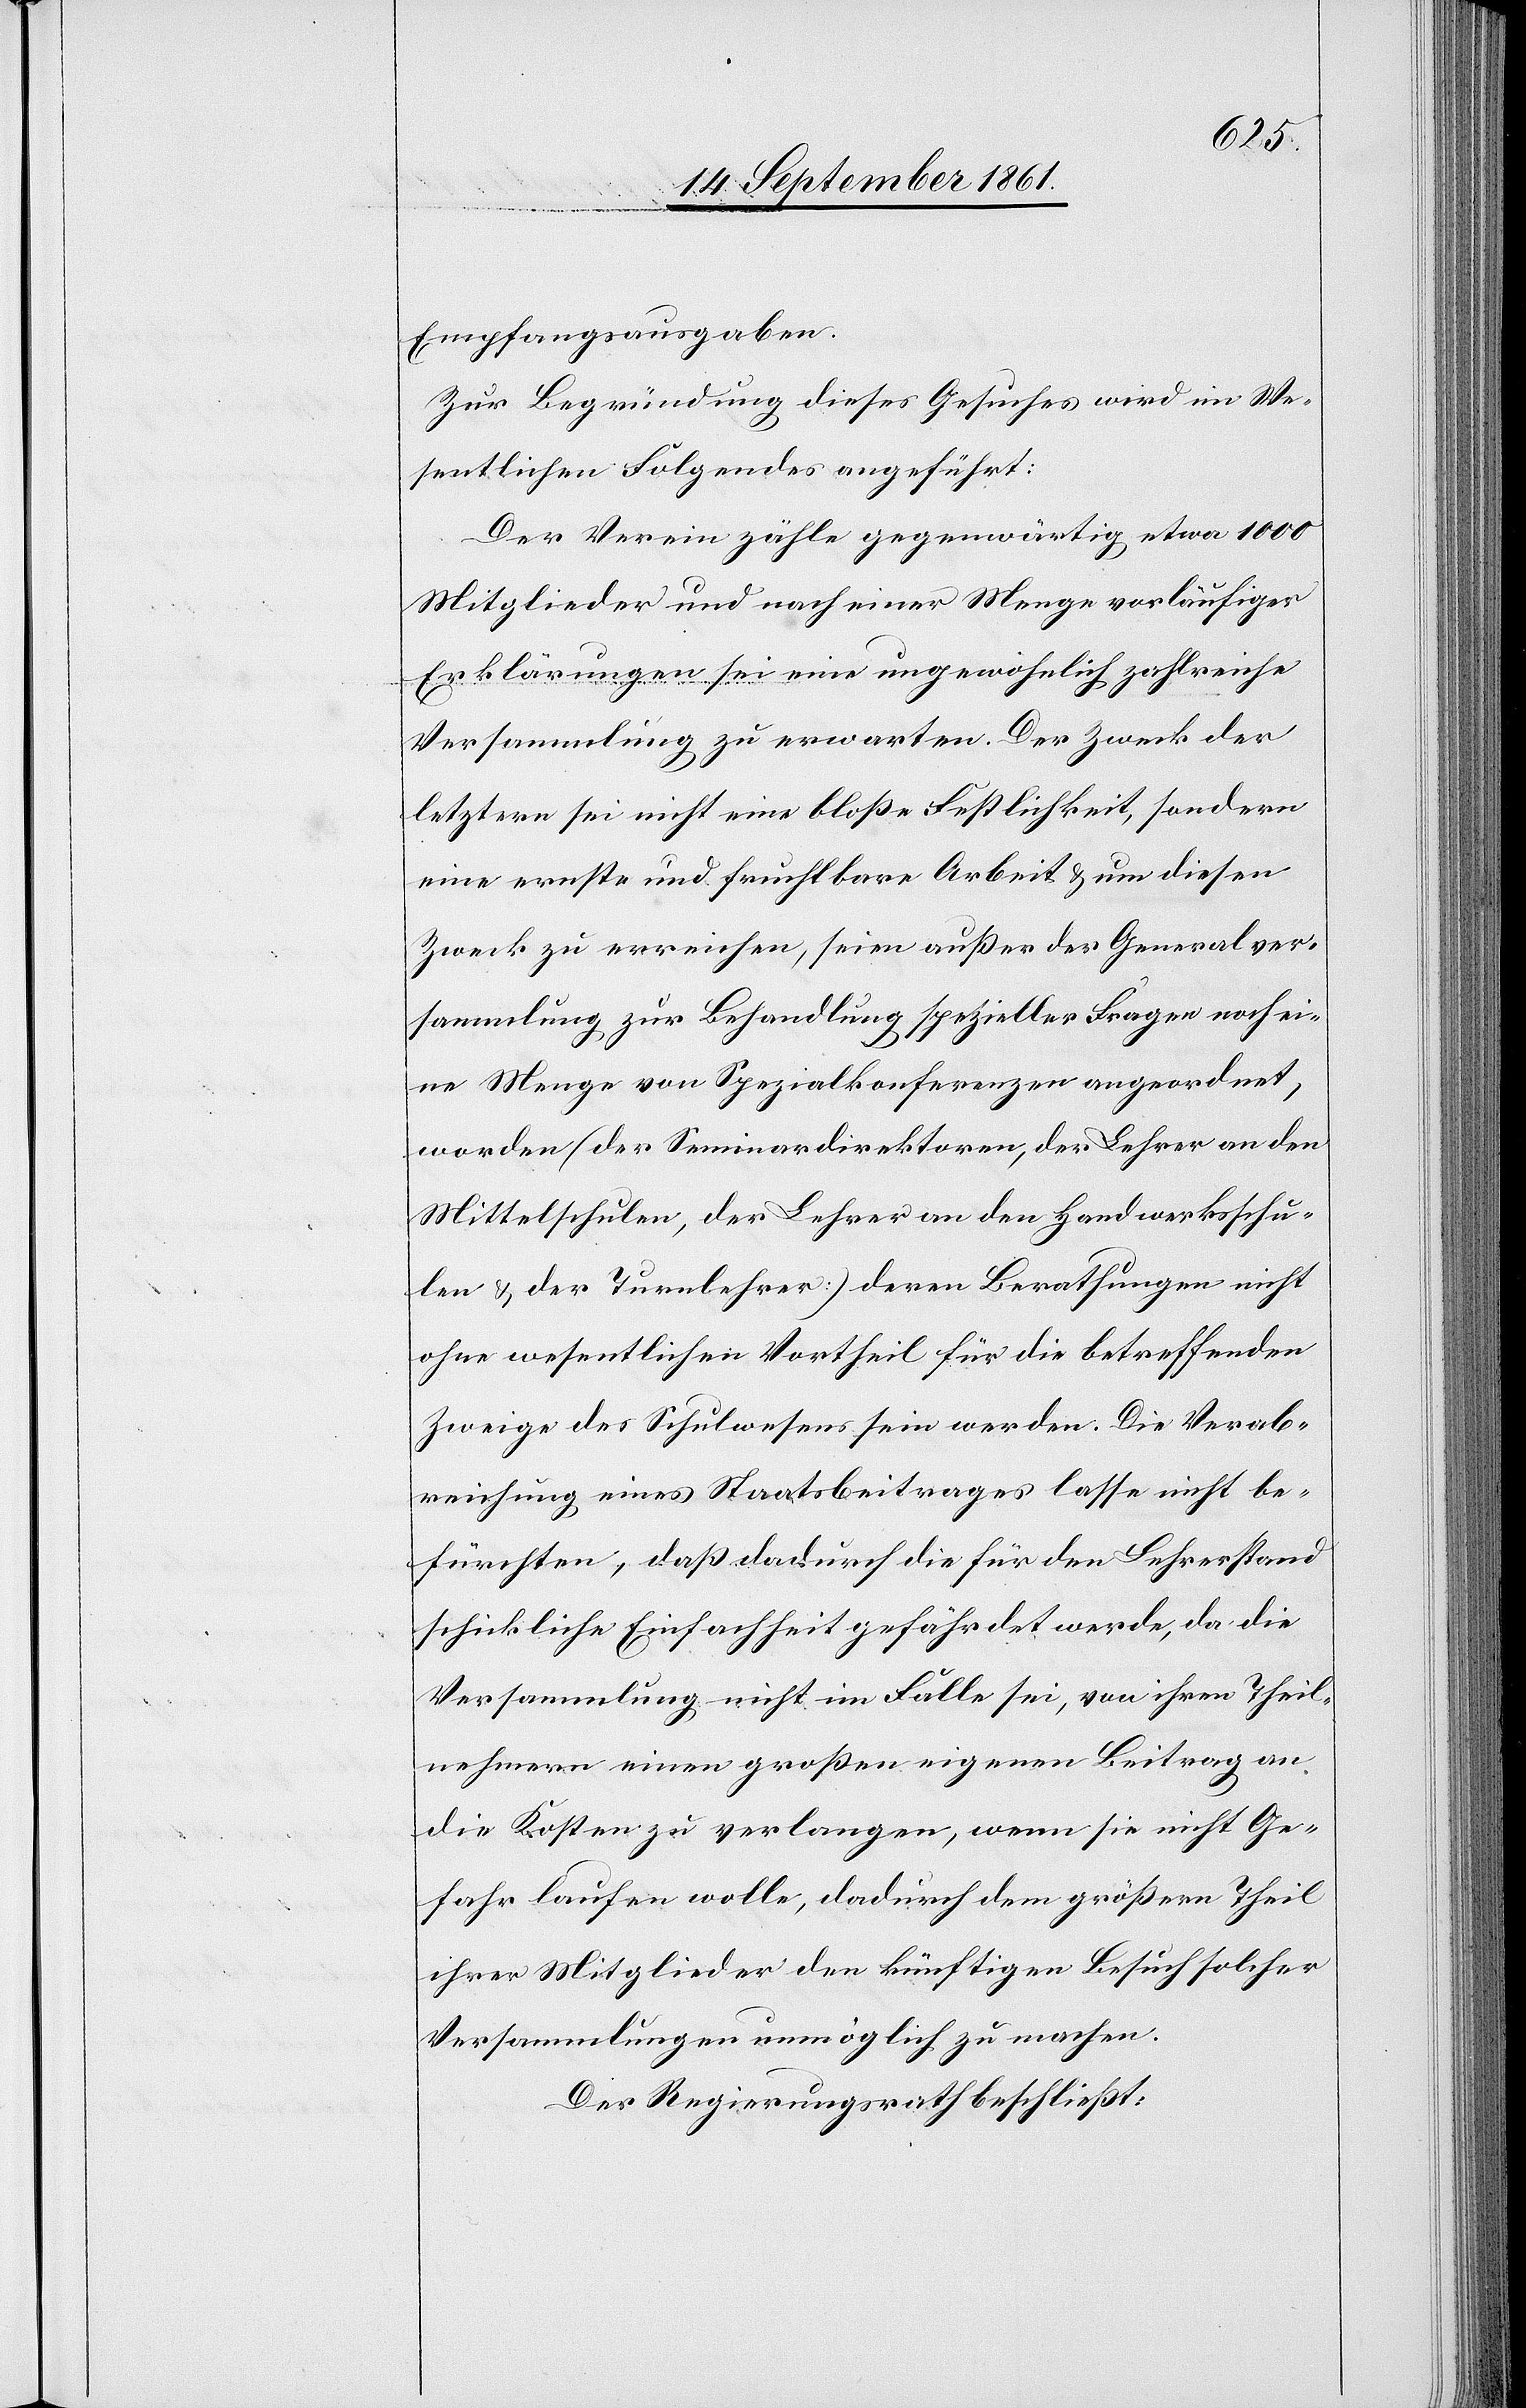
Empfangsausgaben.
Zur Begründung dieses Gesuches wird im We¬
sentlichen Folgendes angeführt:
Der Verein zähle gegenwärtig etwa 1000
Mitglieder und nach einer Menge vorläufiger
Erklärungen sei eine ungewöhnlich zahlreiche
Versammlung zu erwarten. Der Zweck der
letztern sei nicht eine bloße Festlichkeit, sondern
eine ernste und fruchtbare Arbeit u. um diesen
Zweck zu erreichen, seien außer der Generalver¬
sammlung zur Behandlung spezieller Fragen noch ei¬
ne Menge von Spezialkonferenzen angeordnet
worden (der Seminardirektoren, der Lehrer an den
Mittelschulen, der Lehrer an den Handwerksschu¬
len u. der Turnlehrer) deren Berathungen nicht
ohne wesentlichen Vortheil für die betreffenden
Zweige des Schulwesens sein werden. Die Verab¬
reichung eines Staatsbeitrages lasse nicht be¬
fürchten, daß dadurch die für den Lehrerstand
schickliche Einfachheit gefährdet werde, da die
Versammlung nicht im Falle sei, von ihren Theil¬
nehmern einen großen eigenen Beitrag an
die Kosten zu verlangen, wenn sie nicht Ge¬
fahr laufen wolle, dadurch dem größern Theil
ihrer Mitglieder den künftigen Besuch solcher
Versammlungen unmöglich zu machen.
Der Regierungsrath beschließt: